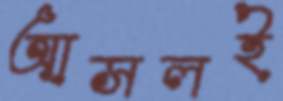
আসলই